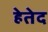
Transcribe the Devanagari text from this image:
हेतेद